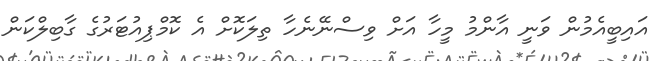
އައިބީއެމުން ވަނީ އާންމު މީހާ އަށް ވިސްނޭނެހާ ތިލަކޮށް އެ ކޮމްޕިއުޓަރުގެ ގާބިލްކަން